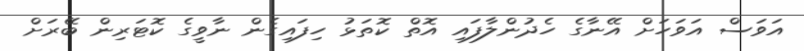
އަވަސް އަވަހަށް އޭނާގެ ހެދުންލާފައި އޮތް ކޮތަޅު ހިފައިގެން ނާވީގެ ކޮޓަރިން ބޭރަށް